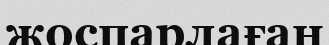
жоспарлаған